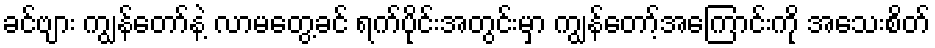
ခင်ဗျား ကျွန်တော်နဲ့ လာမတွေ့ခင် ရက်ပိုင်းအတွင်းမှာ ကျွန်တော့်အကြောင်းကို အသေးစိတ်